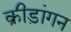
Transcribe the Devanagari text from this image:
क्रीड़ांगन